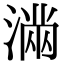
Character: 𭱽